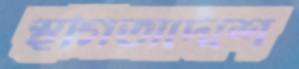
স্থগিতাদেশে